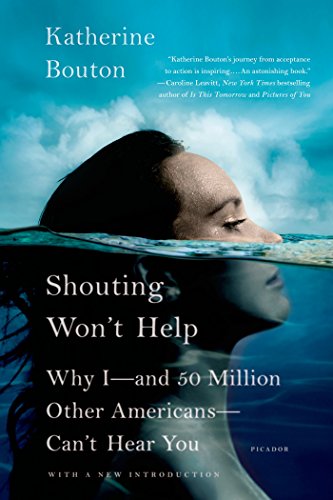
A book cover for Shouting Won't Help: Why I--and 50 Million Other Americans--Can't Hear You; Katherine Bouton; Health, Fitness & Dieting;